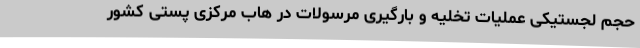
حجم لجستیکی عملیات تخلیه و بارگیری مرسولات در هاب مرکزی پستی کشور